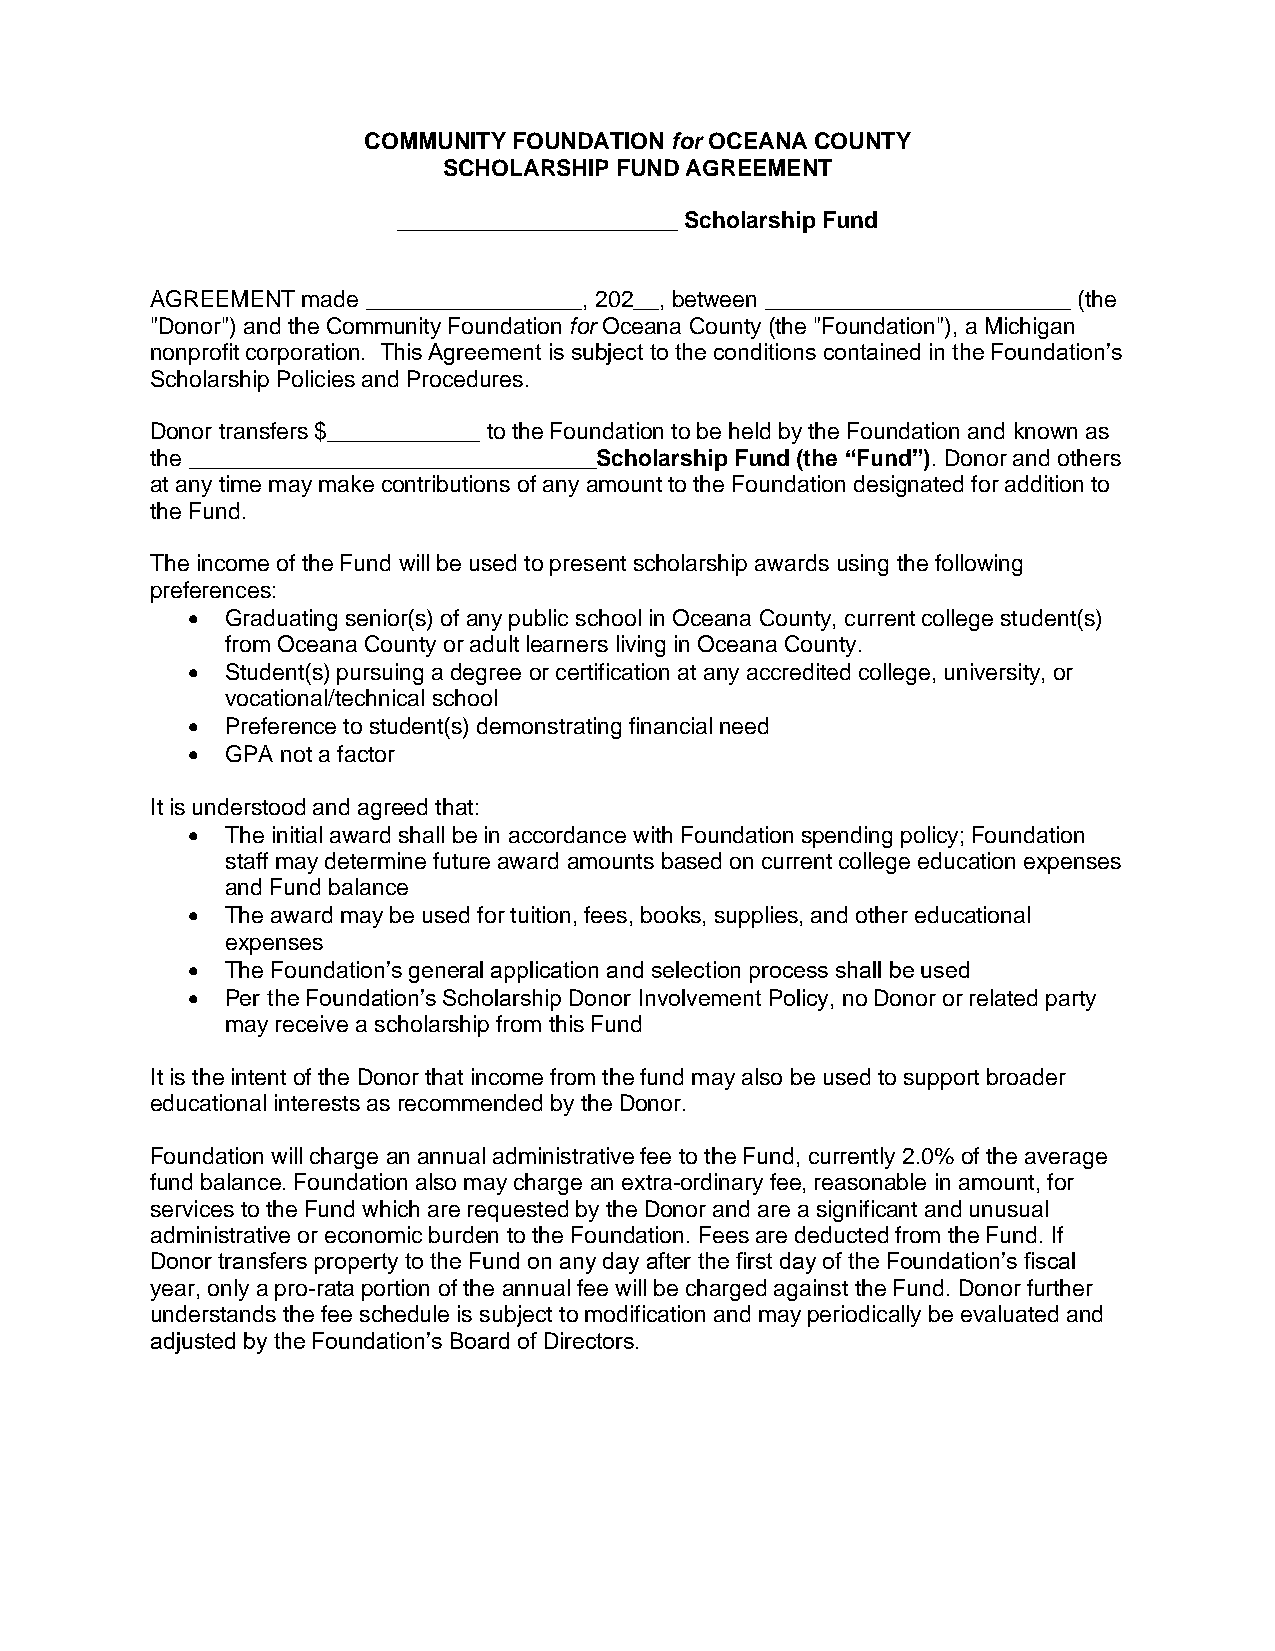
COMMUNITY FOUNDATION for OCEANA COUNTY
 SCHOLARSHIP FUND AGREEMENT
 ______________________ Scholarship Fund
 AGREEMENT made _________________, 202__, between ________________________ (the
 "Donor") and the Community Foundation for Oceana County (the "Foundation"), a Michigan
 nonprofit corporation. This Agreement is subject to the conditions contained in the Foundation’s
 Scholarship Policies and Procedures.
 Donor transfers $____________ to the Foundation to be held by the Foundation and known as
 the ________________________________Scholarship Fund (the “Fund”). Donor and others
 at any time may make contributions of any amount to the Foundation designated for addition to
 the Fund.
 The income of the Fund will be used to present scholarship awards using the following
 preferences:
 •  Graduating senior(s) of any public school in Oceana County, current college student(s)
 from Oceana County or adult learners living in Oceana County.
 •  Student(s) pursuing a degree or certification at any accredited college, university, or
 vocational/technical school
 •  Preference to student(s) demonstrating financial need
 •  GPA not a factor
 It is understood and agreed that:
 •  The initial award shall be in accordance with Foundation spending policy; Foundation
 staff may determine future award amounts based on current college education expenses
 and Fund balance
 •  The award may be used for tuition, fees, books, supplies, and other educational
 expenses
 •  The Foundation’s general application and selection process shall be used
 •  Per the Foundation’s Scholarship Donor Involvement Policy, no Donor or related party
 may receive a scholarship from this Fund
 It is the intent of the Donor that income from the fund may also be used to support broader
 educational interests as recommended by the Donor.
 Foundation will charge an annual administrative fee to the Fund, currently 2.0% of the average
 fund balance. Foundation also may charge an extra-ordinary fee, reasonable in amount, for
 services to the Fund which are requested by the Donor and are a significant and unusual
 administrative or economic burden to the Foundation. Fees are deducted from the Fund. If
 Donor transfers property to the Fund on any day after the first day of the Foundation’s fiscal
 year, only a pro-rata portion of the annual fee will be charged against the Fund. Donor further
 understands the fee schedule is subject to modification and may periodically be evaluated and
 adjusted by the Foundation’s Board of Directors.